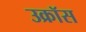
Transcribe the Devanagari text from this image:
उक्रॉस